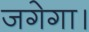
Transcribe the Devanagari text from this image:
जगेगा।